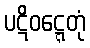
ပဋိဝဋ္ဋေတုံ